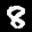
Label: 8